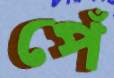
পেঁ